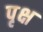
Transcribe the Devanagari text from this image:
पृक्ष